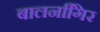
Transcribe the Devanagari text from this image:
बालनगििर